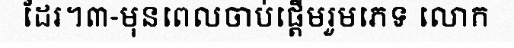
ដែរ។៣-មុនពេលចាប់ផ្តើមរួមភេទ លោក